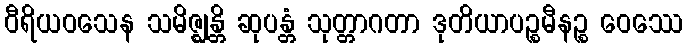
ဝီရိယဝသေန သမိဇ္ဈန္တိ ဆုပန္တံ သုတ္တာဂတာ ဒုတိယာပဉ္စမီနဉ္စ ဝေဿေ